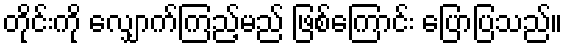
တိုင်းကို လျှောက်ကြည့်မည် ဖြစ်ကြောင်း ပြောပြသည်။